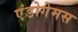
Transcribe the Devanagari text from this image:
एंडोगेमस